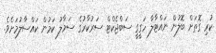
ކުރި ގޮތަށް ބޮލުން ނައްޓާލާ ހަގީގީ ސަބްޖެކްޓް ސަރުކާރުގެ ސަމާލު ކަމުން ކައްސާލުމަށެވެ.